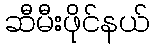
ဆီမီးဖိုင်နယ်